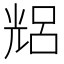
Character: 𠒦